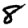
Digit: 8